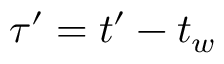
\tau ^ { \prime } = t ^ { \prime } - t _ { w }